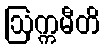
ဩက္ကမီတိ